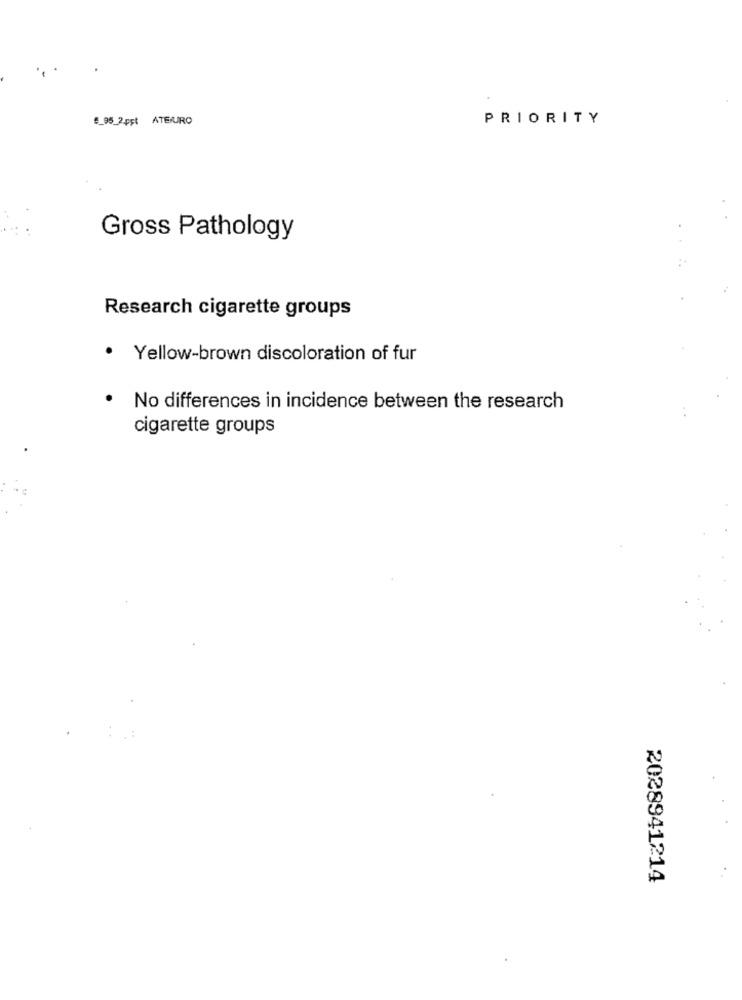
€_95_2pst ATEURO
PRIORITY
Gross Pathology
Research cigarette groups
.
Yellow-brown discoloration of fur
No differences in incidence between the research
cigarette groups
2028941214